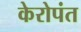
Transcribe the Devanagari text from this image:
केरोपंत